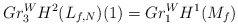
\begin{align*}Gr^W_3H^2(L_{f,N})(1)=Gr_1^WH^1(M_f)\end{align*}